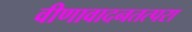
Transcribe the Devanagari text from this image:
वीणावादनतत्परा